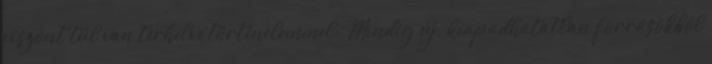
viszont túl van terhelve történelemmel: „Mindig új, kiapadhatatlan forrásokból